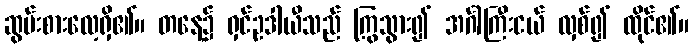
ဆွမ်းစားလေ့ရှိ၏။ တနေ့၌ ရှင်ဥဒါယီသည် ကြွသွား၍ အင်္ဂါကြီးငယ် လှစ်၍ ထိုင်၏။